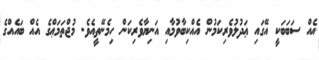
އެއް ސަބަބަކީ އޭގައި ޢަދުލުވެރިކަމުން އެއްކިބާވުމާއި އަނިޔާވެރިކަން ހިމެނޭތީއެވެ. މުޖްތަމަޢްގެ އެއް ބައެއްގެ